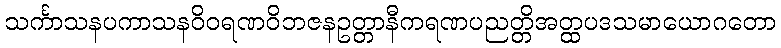
သင်္ကာသနပကာသနဝိဝရဏဝိဘဇနဥတ္တာနီကရဏပညတ္တိအတ္ထပဒသမာယောဂတော